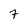
Character: 7